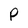
Character: P